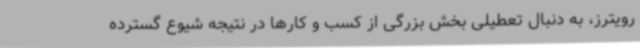
رویترز، به دنبال تعطیلی بخش بزرگی از کسب و کارها در نتیجه شیوع گسترده